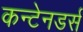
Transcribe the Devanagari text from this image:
कन्टेनडर्स